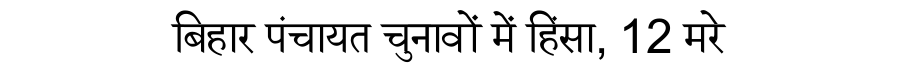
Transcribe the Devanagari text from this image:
बिहार पंचायत चुनावों में हिंसा, 12 मरे